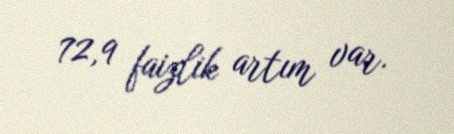
72,9 faizlik artım var.